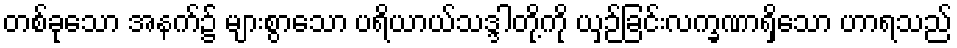
တစ်ခုသော အနက်၌ များစွာသော ပရိယာယ်သဒ္ဒါတို့ကို ယှဉ်ခြင်းလက္ခဏာရှိသော ဟာရသည်